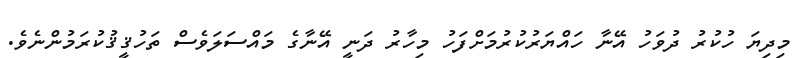
މިދިޔަ ހުކުރު ދުވަހު އޭނާ ހައްޔަރުކުރުމަށްފަހު މިހާރު ދަނީ އޭނާގެ މައްސަލަވެސް ތަހުޤީޤުކުރަމުންނެވެ.